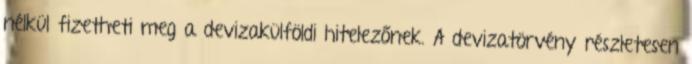
nélkül fizetheti meg a devizakülföldi hitelezőnek. A devizatörvény részletesen